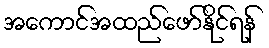
အကောင်အထည်ဖော်နိုင်ရန်